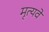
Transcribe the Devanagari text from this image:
मृत्यवे